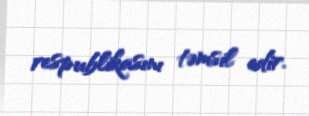
respublikasını təmsil edir.